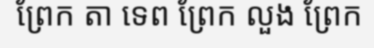
ព្រែក តា ទេព ព្រែក លួង ព្រែក